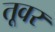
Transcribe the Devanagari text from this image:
तूवर